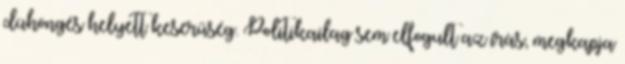
dühöngés helyett keserűség. Politikailag sem elfogult az írás, megkapja